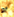
أو